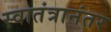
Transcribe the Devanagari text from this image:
स्वातंत्रानंतर